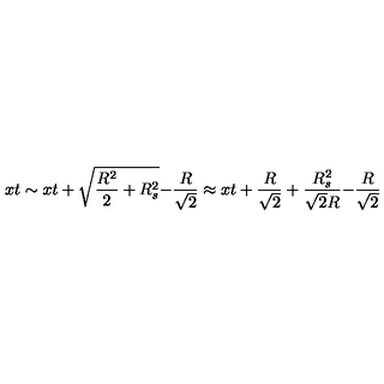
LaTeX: { \binom { x } { t } } \sim { \binom { x } { t } } + { \binom { \sqrt { { \frac { R ^ { 2 } } { 2 } } + R _ { s } ^ { 2 } } } { - { \frac { R } { \sqrt { 2 } } } } } \approx { \binom { x } { t } } + { \binom { { \frac { R } { \sqrt { 2 } } } + { \frac { R _ { s } ^ { 2 } } { \sqrt { 2 } R } } } { - { \frac { R } { \sqrt { 2 } } } } }